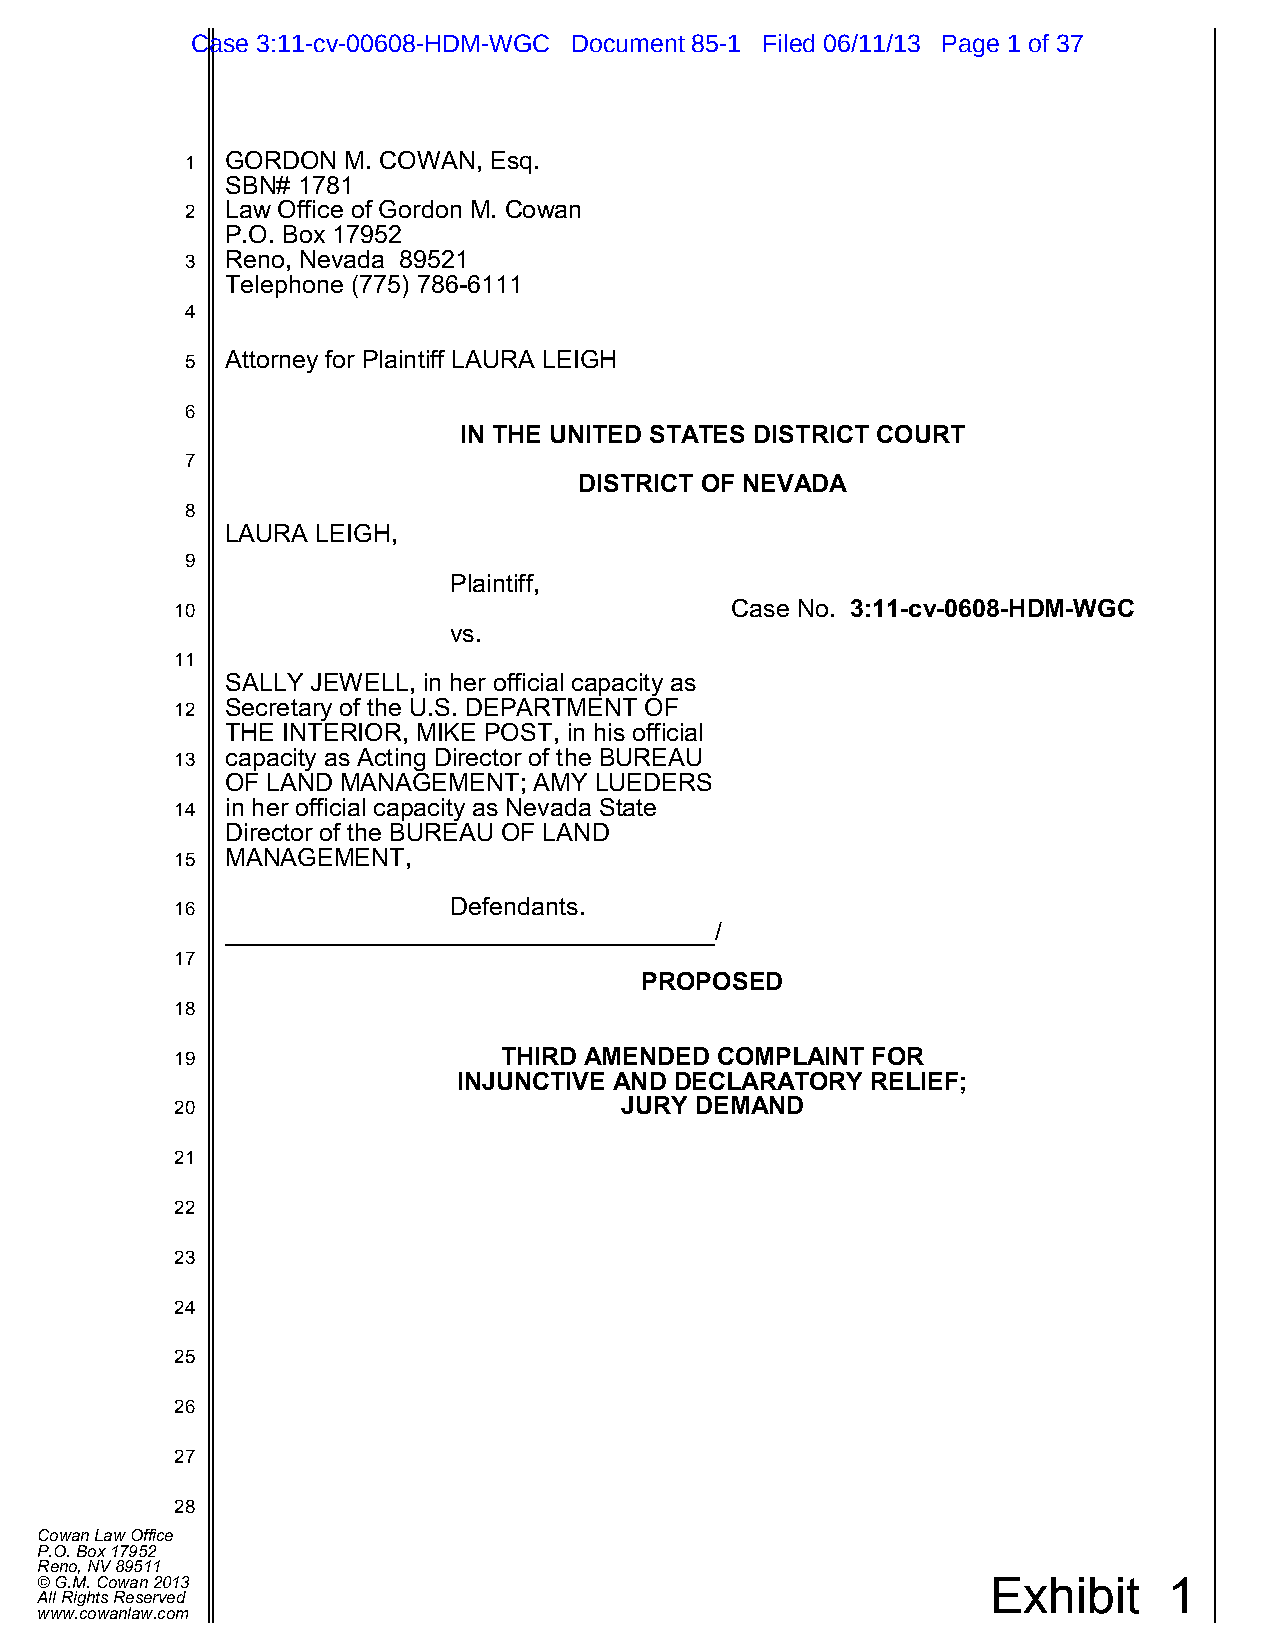
Case 3:11-cv-00608-HDM-WGC Document 85-1 Filed 06/11/13 Page 1 of 37
 1  GORDON  M. COWAN, Esq.
 SBN# 1781
 2  Law Office of Gordon M. Cowan
 P.O. Box 17952
 3  Reno, Nevada 89521
 Telephone (775) 786-6111
 4
 5  Attorney for Plaintiff LAURA LEIGH
 6
 IN THE UNITED STATES DISTRICT COURT
 7
 DISTRICT OF NEVADA
 8
 LAURA LEIGH,
 9
 Plaintiff,
 10                                  Case No. 3:11-cv-0608-HDM-WGC
 vs.
 11
 SALLY JEWELL, in her official capacity as
 12 Secretary of the U.S. DEPARTMENT OF
 THE INTERIOR, MIKE POST, in his official
 13 capacity as Acting Director of the BUREAU
 OF LAND MANAGEMENT; AMY LUEDERS
 14 in her official capacity as Nevada State
 Director of the BUREAU OF LAND
 15 MANAGEMENT,
 16                Defendants.
 /
 17
 PROPOSED
 18
 19                   THIRD AMENDED COMPLAINT  FOR
 INJUNCTIVE AND DECLARATORY  RELIEF;
 20                           JURY DEMAND
 21
 22
 23
 24
 25
 26
 27
 28
 Cowan Law Office
 P.O. Box 17952
 Reno, NV 89511                                                  Exhibit    1
 © G.M. Cowan 2013
 All Rights Reserved
 www.cowanlaw.com